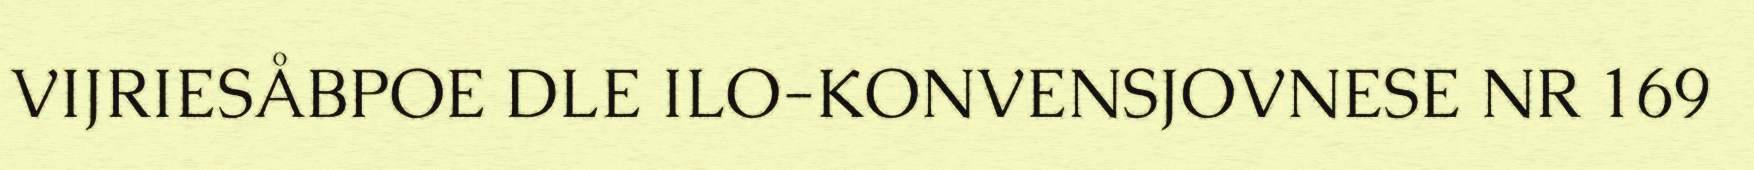
VIJRIESÅBPOE DLE ILO-KONVENSJOVNESE NR 169